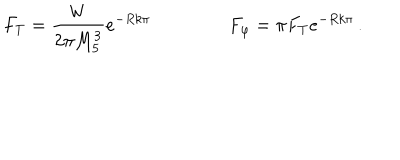
F _ { T } = \frac { W } { 2 \pi M _ { 5 } ^ { 3 } } e ^ { - R k \pi } \, \qquad \qquad F _ { \varphi } = \pi F _ { T } e ^ { - R k \pi } \, .